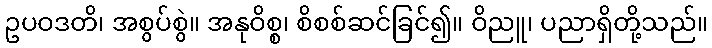
ဥပဝဒတိ၊ အစွပ်စွဲ။ အနုဝိစ္စ၊ စိစစ်ဆင်ခြင်၍။ ဝိညူ၊ ပညာရှိတို့သည်။